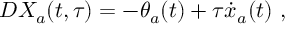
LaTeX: D X _ { a } ( t , \tau ) = - \theta _ { a } ( t ) + \tau { \dot { x } } _ { a } ( t ) \ ,